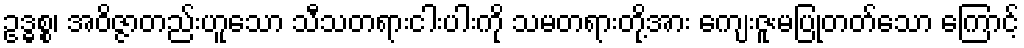
ဥဒ္ဓစ္စ၊ အဝိဇ္ဇာတည်းဟူသော သီသတရားငါးပါးကို သမတရားတို့အား ကျေးဇူးမပြုတတ်သော ကြောင့်